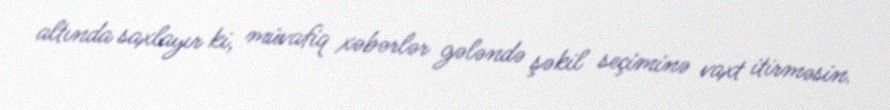
altında saxlayır ki, müvafiq xəbərlər gələndə şəkil seçiminə vaxt itirməsin.